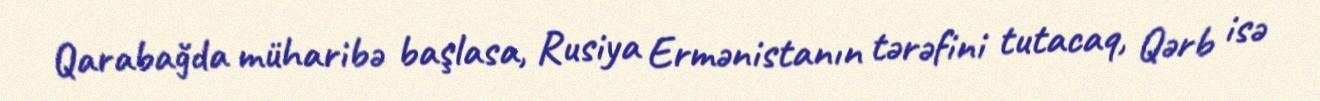
Qarabağda müharibə başlasa, Rusiya Ermənistanın tərəfini tutacaq, Qərb isə